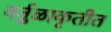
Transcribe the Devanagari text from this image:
वर्तुळाकृतीत